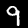
Label: 9